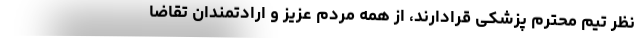
نظر تیم محترم پزشکی قرادارند، از همه مردم عزیز و ارادتمندان تقاضا